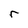
Character: r